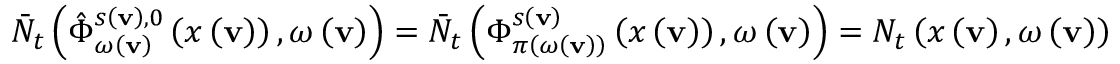
\bar { N } _ { t } \left( \hat { \Phi } _ { \omega \left( \mathbf { v } \right) } ^ { s \left( \mathbf { v } \right) , 0 } \left( x \left( \mathbf { v } \right) \right) , \omega \left( \mathbf { v } \right) \right) = \bar { N } _ { t } \left( \Phi _ { \pi \left( \omega \left( \mathbf { v } \right) \right) } ^ { s \left( \mathbf { v } \right) } \left( x \left( \mathbf { v } \right) \right) , \omega \left( \mathbf { v } \right) \right) = N _ { t } \left( x \left( \mathbf { v } \right) , \omega \left( \mathbf { v } \right) \right)